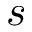
s